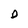
Character: o